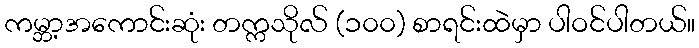
ကမ္ဘာ့အကောင်းဆုံး တက္ကသိုလ် (၁၀၀) စာရင်းထဲမှာ ပါဝင်ပါတယ်။